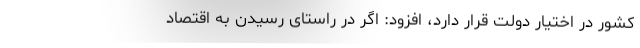
کشور در اختیار دولت قرار دارد، افزود: اگر در راستای رسیدن به اقتصاد